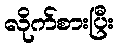
လိုက်စားပြီး